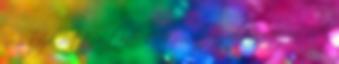
nem kezdődött a tanév 1951 júniusig voltam bejáró diák